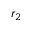
r _ { 2 }